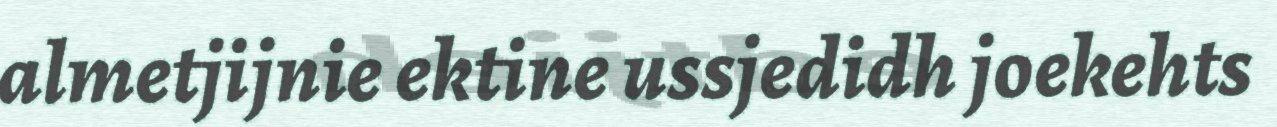
almetjijnie ektine ussjedidh joekehts